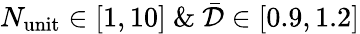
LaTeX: N_{\mathrm{unit}}\in[1,10]\ \& \ \bar{\mathcal{D}}\in[0.9,1.2]